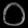
Digit: ၀